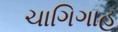
ચાગિગાહ